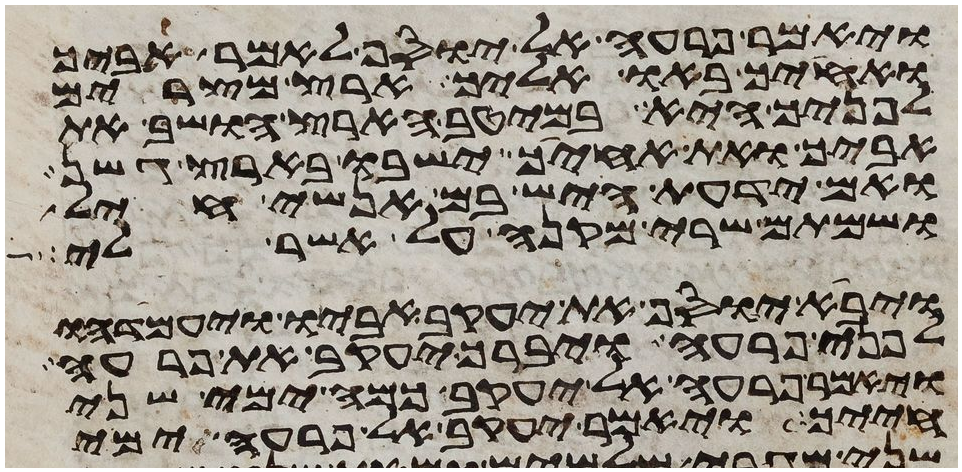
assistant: ויאמר פרעה אל יוסף לאמר אביך
ואחיך באו אליך ארץ מצרים
לפניך היא במיטב הארץ הושב את
אביך ואת אחיך ישבו בארץ גשן
ואם ידעת היש בם אנשי חיל
ושמתם שרי מקנה על אשר לי
ויבא יוסף את יעקב אביו ויעמדהו
לפני פרעה ויברך יעקב את פרעה
ויאמר פרעה אל יעקב כמה ימי שני
חייך ויאמר יעקב אל פרעה ימי